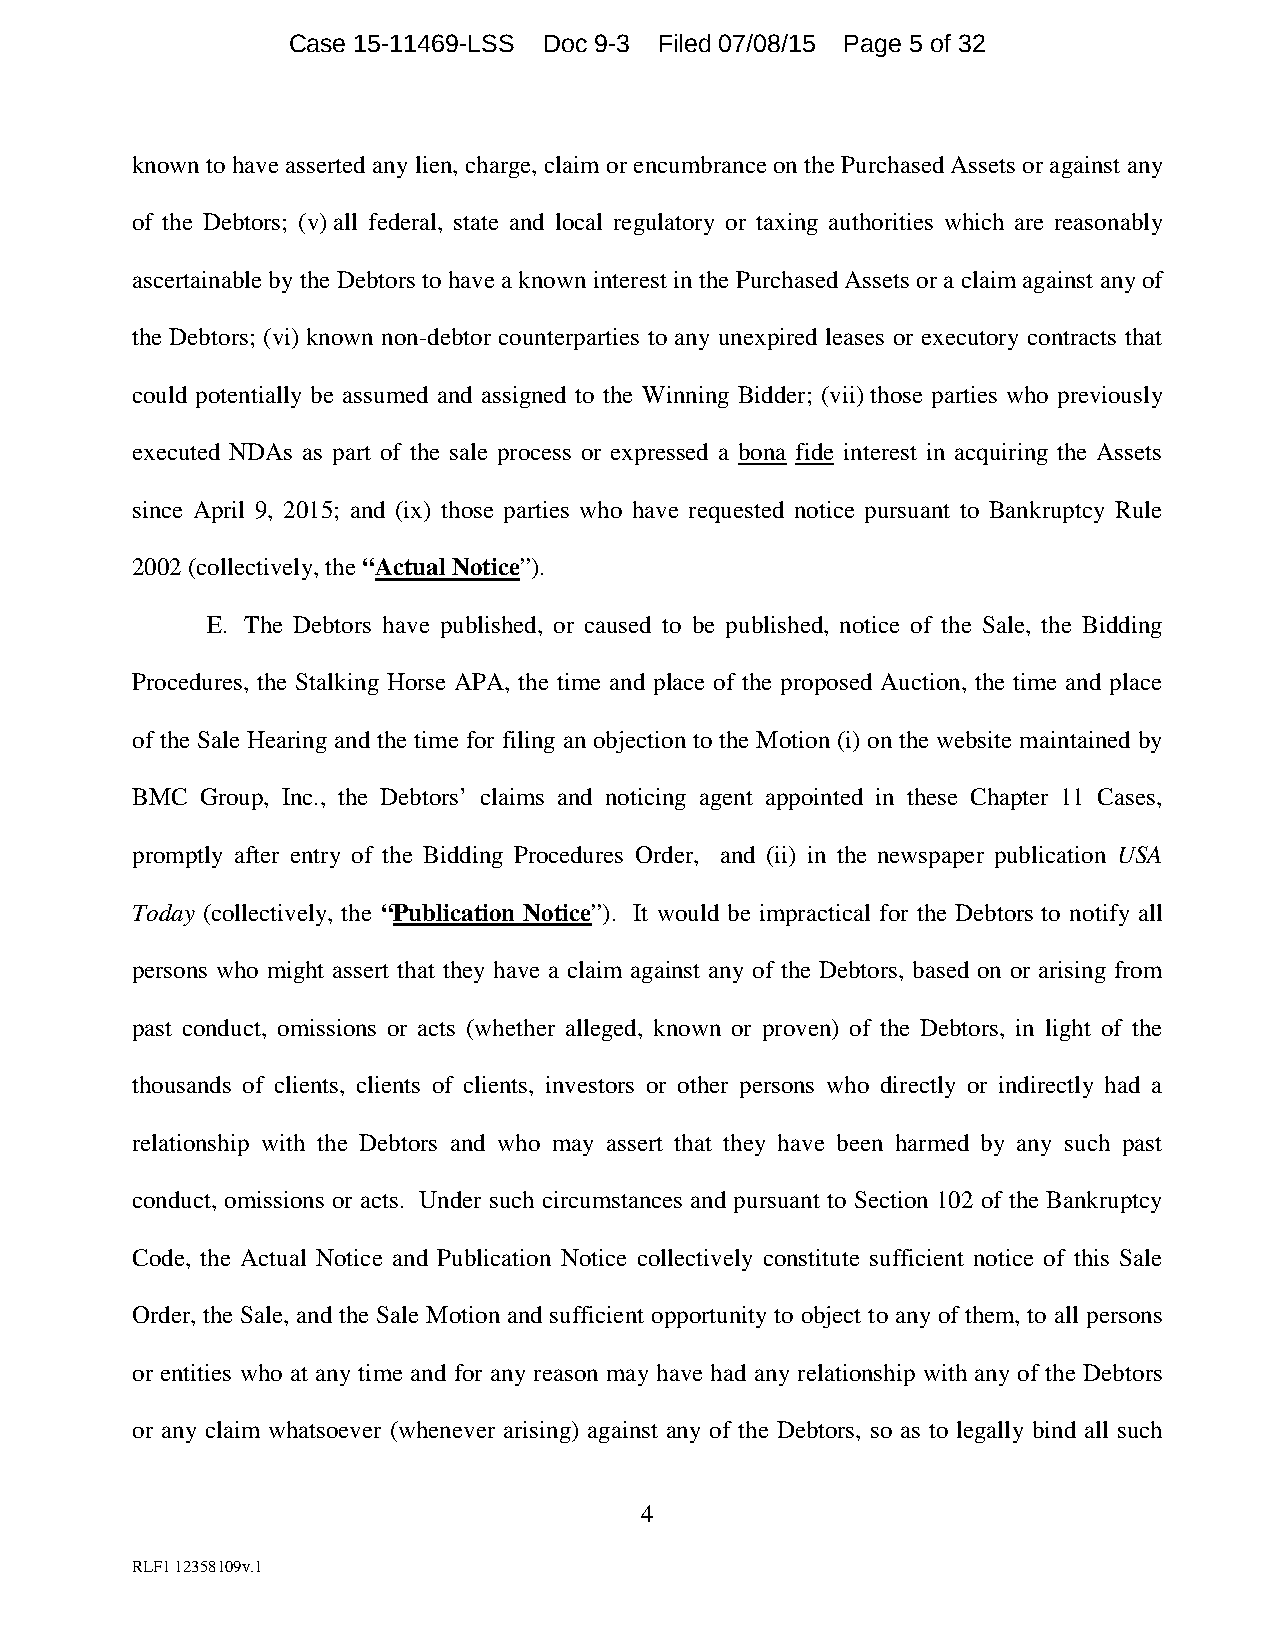
Case 15-11469-LSS Doc 9-3 Filed 07/08/15 Page 5 of 32
 known to have asserted any lien, charge, claim or encumbrance on the Purchased Assets or against any
 of the Debtors; (v) all federal, state and local regulatory or taxing authorities which are reasonably
 ascertainable by the Debtors to have a known interest in the Purchased Assets or a claim against any of
 the Debtors; (vi) known non-debtor counterparties to any unexpired leases or executory contracts that
 could potentially be assumed and assigned to the Winning Bidder; (vii) those parties who previously
 executed NDAs as part of the sale process or expressed a bona fide interest in acquiring the Assets
 since April 9, 2015; and (ix) those parties who have requested notice pursuant to Bankruptcy Rule
 2002 (collectively, the “Actual Notice”).
 E. The Debtors have published, or caused to be published, notice of the Sale, the Bidding
 Procedures, the Stalking Horse APA, the time and place of the proposed Auction, the time and place
 of the Sale Hearing and the time for filing an objection to the Motion (i) on the website maintained by
 BMC Group, Inc., the Debtors’ claims and noticing agent appointed in these Chapter 11 Cases,
 promptly after entry of the Bidding Procedures Order, and (ii) in the newspaper publication USA
 Today (collectively, the “Publication Notice”). It would be impractical for the Debtors to notify all
 persons who might assert that they have a claim against any of the Debtors, based on or arising from
 past conduct, omissions or acts (whether alleged, known or proven) of the Debtors, in light of the
 thousands of clients, clients of clients, investors or other persons who directly or indirectly had a
 relationship with the Debtors and who may assert that they have been harmed by any such past
 conduct, omissions or acts. Under such circumstances and pursuant to Section 102 of the Bankruptcy
 Code, the Actual Notice and Publication Notice collectively constitute sufficient notice of this Sale
 Order, the Sale, and the Sale Motion and sufficient opportunity to object to any of them, to all persons
 or entities who at any time and for any reason may have had any relationship with any of the Debtors
 or any claim whatsoever (whenever arising) against any of the Debtors, so as to legally bind all such
 4
 RLF1 12358109v.1